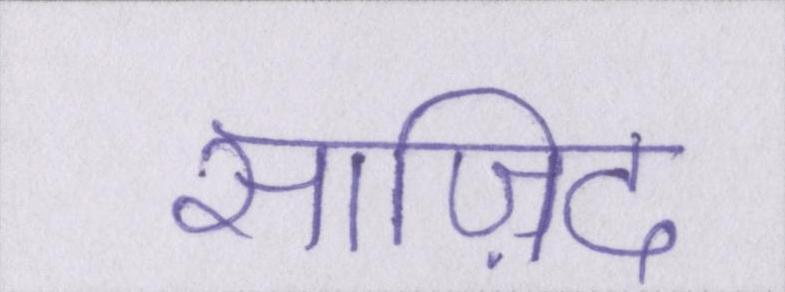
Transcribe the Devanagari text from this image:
साज़िद